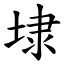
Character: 埭